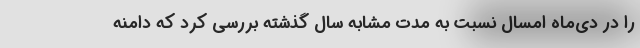
را در دی‌ماه امسال نسبت به مدت مشابه سال گذشته بررسی کرد که دامنه